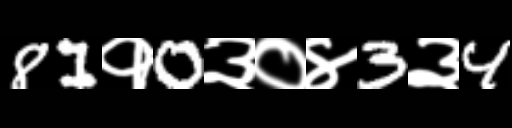
Text: 81१0३०४3३4